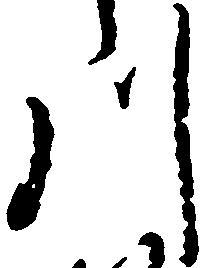
川